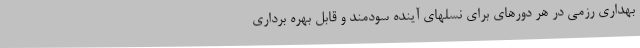
بهداری رزمی در هر دورهای برای نسلهای آینده سودمند و قابل بهره برداری